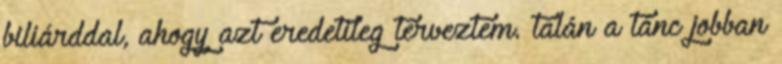
biliárddal, ahogy azt eredetileg terveztem. talán a tánc jobban